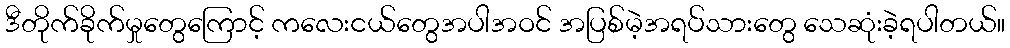
ဒီတိုက်ခိုက်မှုတွေကြောင့် ကလေးငယ်တွေအပါအဝင် အပြစ်မဲ့အရပ်သားတွေ သေဆုံးခဲ့ရပါတယ်။